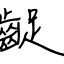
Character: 齪